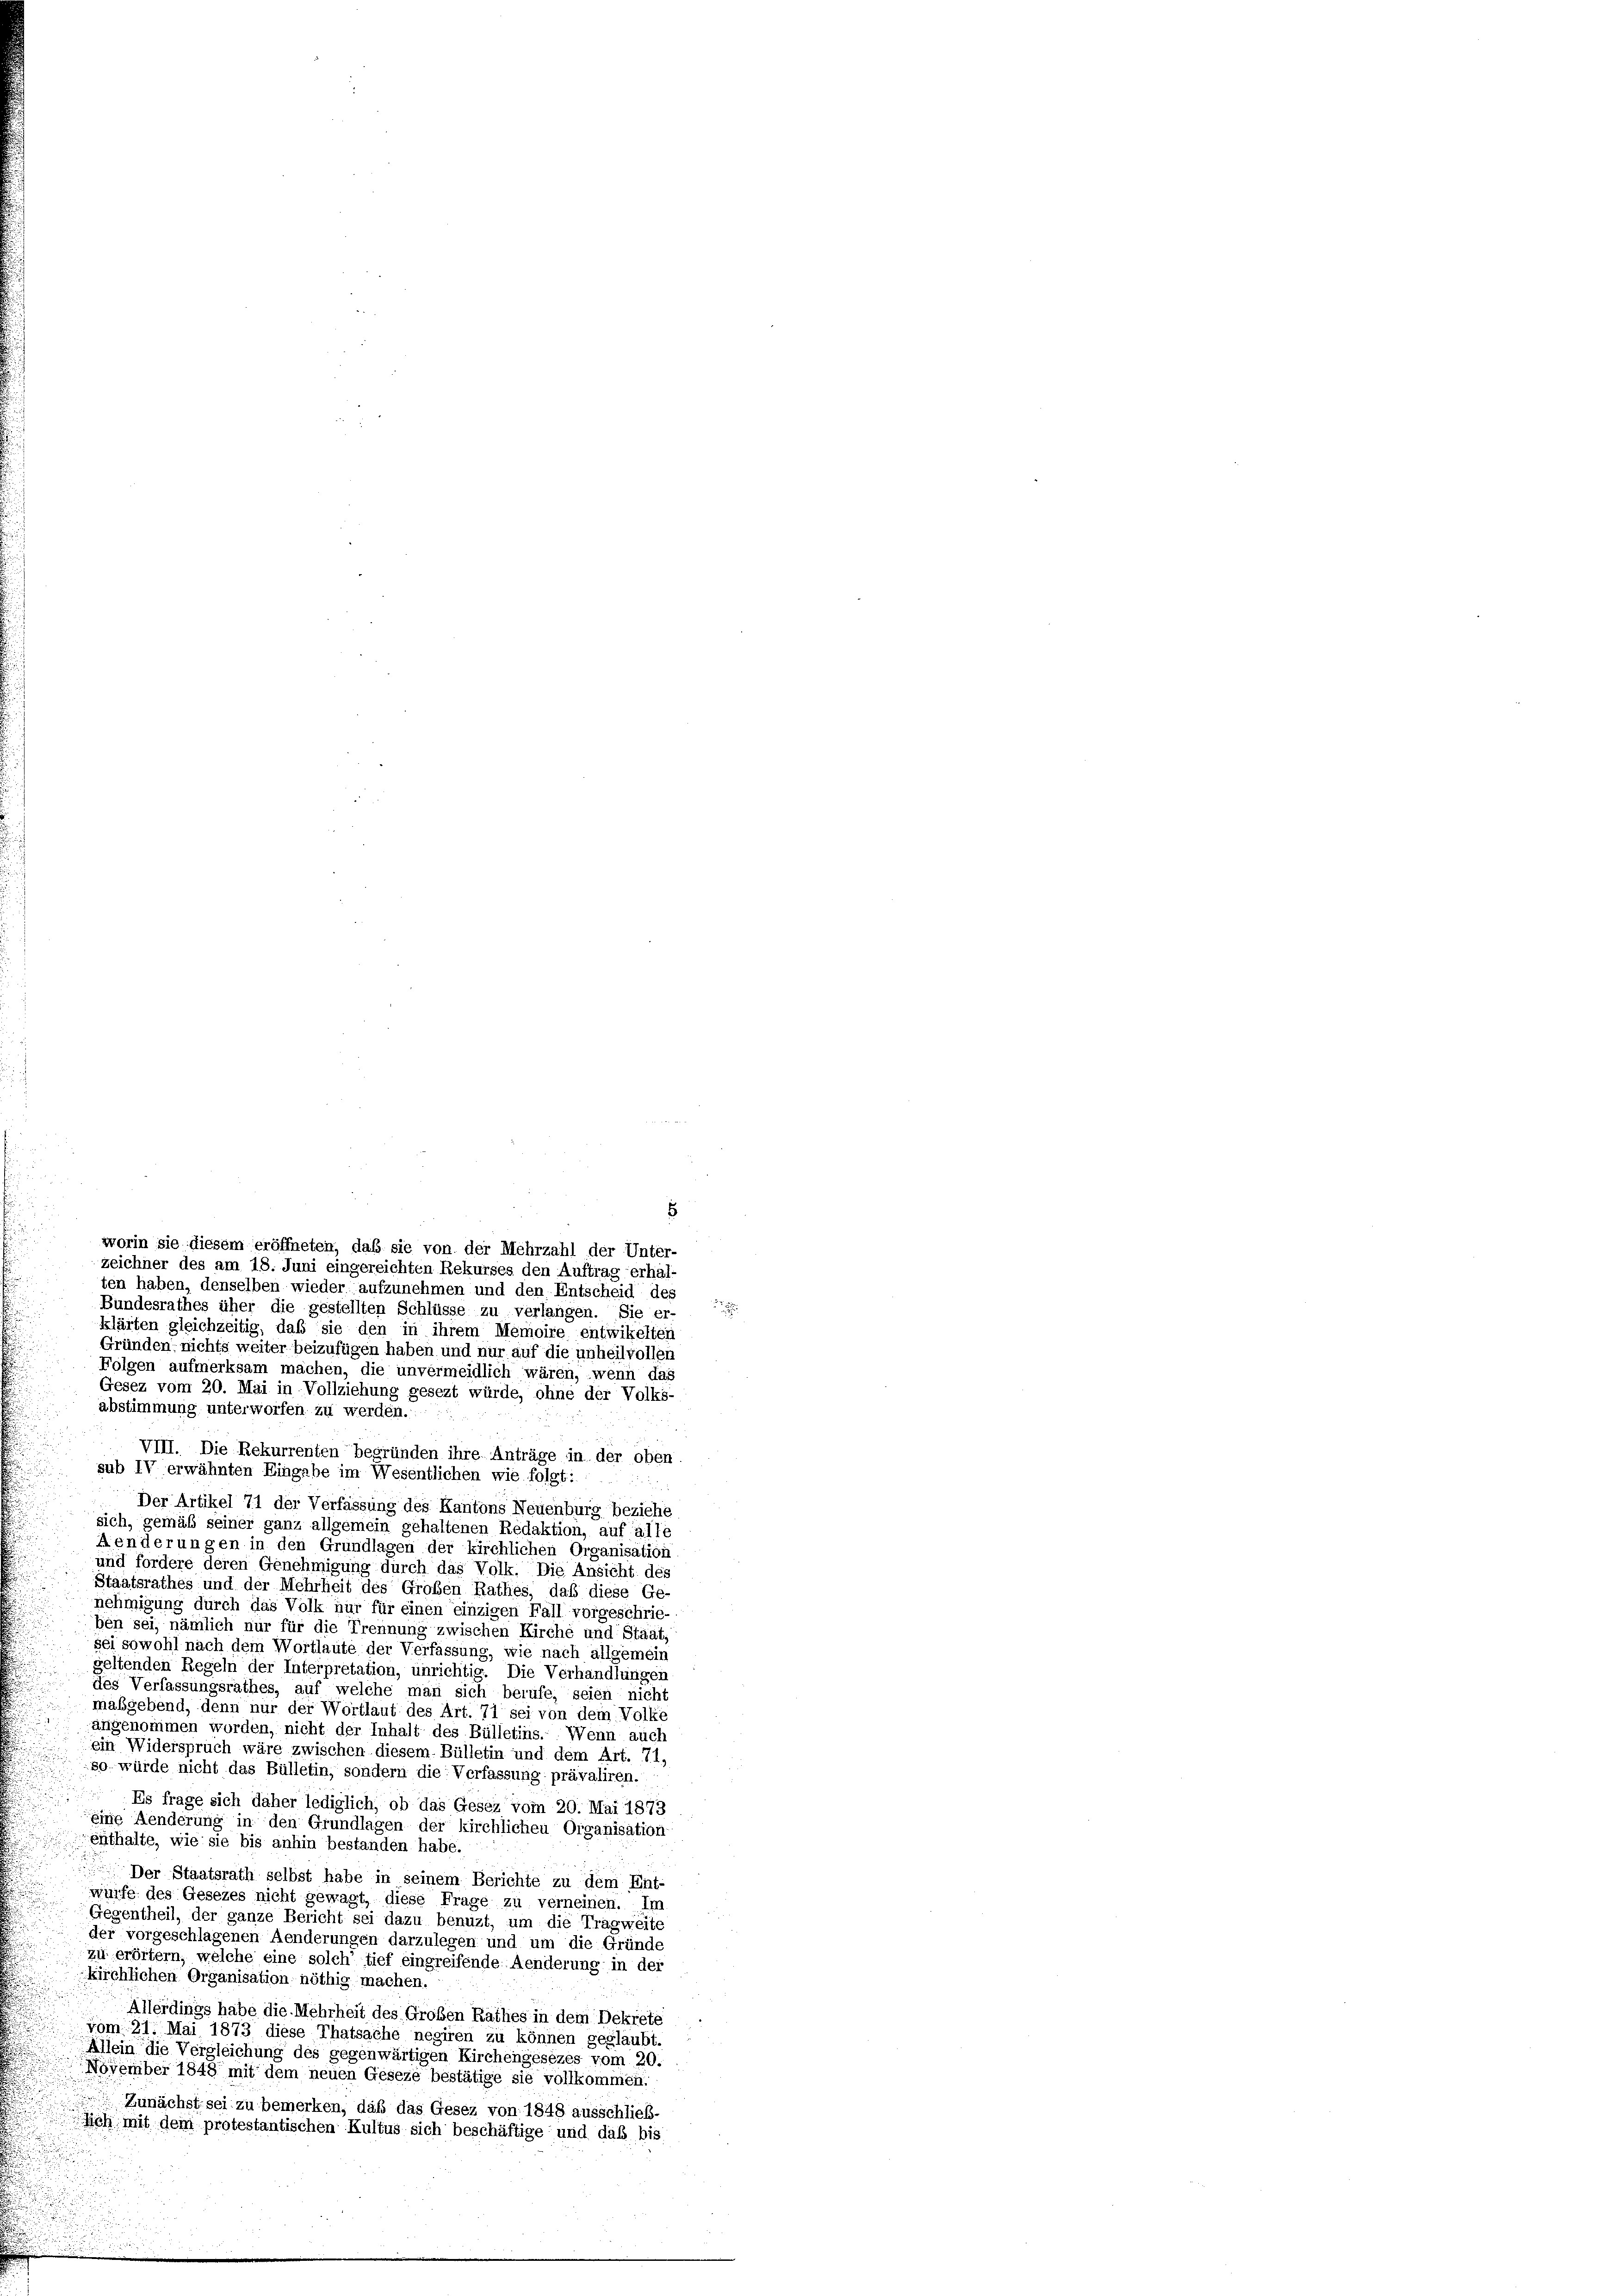
zeichner des am 18. Juni eingereichten Rekurses den Auftrag erhal-
klärten gleichzeitig, daß sie den in ihrem Memoire entwikelten
Gründen, nichts weiter beizufügen haben und nur auf die unheilvollen
Folgen aufmerksam machen, die unvermeidlich wären, wenn das
Gesez vom 20. Mai in Vollziehung gesezt würde, ohne der Volks-
abstimmung unterworfen zu werden.
VIII. Die Rekurrenten begründen ihre Anträge in der oben
sub IV erwähnten Eingabe im Wesentlichen wie folgt:
Der Artikel 71 der Verfassung des Kantons Neuenburg beziehe
sich, gemäß seiner ganz allgemein gehaltenen Redaktion, auf alle
Aenderungen in den Grundlagen der kirchlichen Organisation
und fordere deren Genehmigung durch das Volk. Die Ansicht des
Staatsrathes und der Mehrheit des Großen Rathes, daß diese Ge-
nehmigung durch das Volk nur für einen einzigen Fall vorgeschrie-
ben sei, nämlich nur für die Trennung zwischen Kirche und Staat,
sei sowohl nach dem Wortlaute der Verfassung, wie nach allgemein
geltenden Regeln der Interpretation, unrichtig. Die Verhandlungen
des Verfassungsrathes, auf welche man sich berufe, seien nicht
maßgebend, denn nur der Wortlaut des Art. 71 sei von dem Volke
angenommen worden, nicht der Inhalt des Bülletins. Wenn auch
ein Widerspruch wäre zwischen diesem Bülletin und dem Art. 71,
so würde nicht das Bülletin, sondern die Verfassung prävaliren.
Es frage sich daher lediglich, ob das Gesez vom 20. Mai 1873
eine Aenderung in den Grundlagen der kirchlichen Organisation
enthalte, wie sie bis anhin bestanden habe.
Der Staatsrath selbst habe in seinem Berichte zu dem Ent-
würfe des Gesezes nicht gewagt, diese Frage zu verneinen. Im
Gegentheil, der ganze Bericht sei dazu benuzt, um die Tragweite
der vorgeschlagenen Aenderungen darzulegen und um die Gründe
zu erörtern, welche eine solch’ tief eingreifende Aenderung in der
kirchlichen Organisation nöthig machen.
Allerdings habe die Mehrheit des Großen Rathes in dem Dekrete
vom 21. Mai 1873 diese Thatsache negiren zu können geglaubt.
Allein die Vergleichung des gegenwärtigen Kirchengesezes vom 20.
November 1848 mit dem neuen Geseze bestätige sie vollkommen.
Zunächst sei zu bemerken, daß das Gesez von 1848 ausschließ-
Ich mit dem protestantischen Kultus sich beschäftige und daß bis

ten haben, denselben wieder aufzunehmen und den Entscheid des
Bundesrathes über die gestellten Schlüsse zu verlangen. Sie er-

worin sie diesem eröffneten, daß sie von der Mehrzahl der Unter-

5